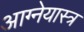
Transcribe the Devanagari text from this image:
आग्‍नेयास्‍त्र